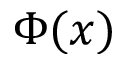
\Phi ( x )